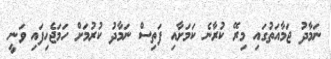
ނަމާދު ޖަމާއަތުގައި މިރޭ ކުރާނެ ކަމަށާއި ފަތިސް ނަމާދު ކުރުމަށް ހަމަޖެހިފައި ވަނީ